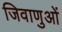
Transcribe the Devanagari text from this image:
जिवाणुओं